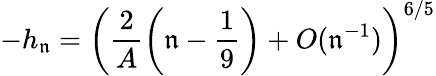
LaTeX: -h_{\mathfrak{n}}=\left(\frac{2}{A}\left(\mathfrak{n}-\frac{1}{9}\right)+O(\mathfrak{n}^{-1})\right)^{6/5}